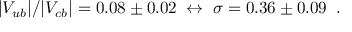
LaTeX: | V _ { u b } | / | V _ { c b } | = 0 . 0 8 \pm 0 . 0 2 \; \leftrightarrow \; \sigma = 0 . 3 6 \pm 0 . 0 9 \; \; .